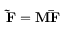
{ \bf { \tilde { F } } } = { \bf { M \bar { F } } }